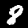
Digit: 8